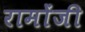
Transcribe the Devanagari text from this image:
रामोंजी